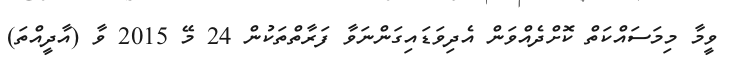
ވީމާ މިމަސައްކަތް ކޮށްދެއްވަން އެދިވަޑައިގަންނަވާ ފަރާތްތަކުން 24 މޭ 2015 ވާ (އާދީއްތަ)